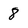
Character: 8